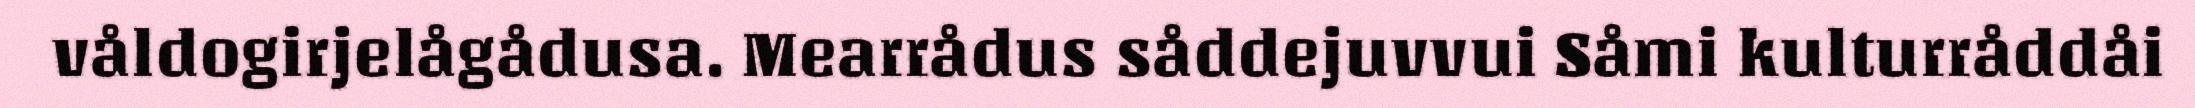
våldogirjelågådusa. Mearrådus såddejuvvui Såmi kulturråddåi